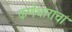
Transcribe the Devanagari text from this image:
कर्णधाराचा